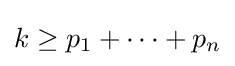
k\geq p_{1}+\cdots +p_{n}